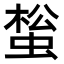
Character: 𧌻